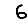
Digit: 6